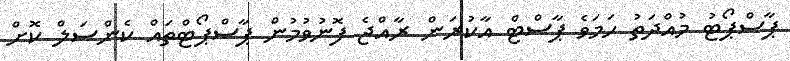
ޕާސްޕޯޓު މުއްދަތު ހަމަވެ ޕާސްޓް އާކުރަން ރާއްޖެ ފޮނުވުމުން ޕާސްޕޯޓްތައް ކެންސަލް ކޮށް